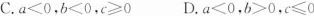
C.$$a < 0$$，$$b < 0$$，$$c ≥ 0$$D.$$a < 0$$，$$b > 0$$，$$c ≤ 0$$